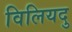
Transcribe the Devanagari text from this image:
विलियदु